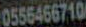
0556466710